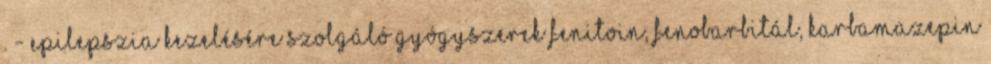
. - Epilepszia kezelésére szolgáló gyógyszerek fenitoin, fenobarbitál, karbamazepin